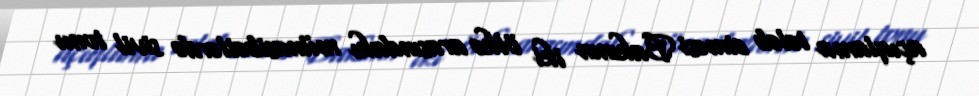
açıqlama tələb etməsi Bakının iki ölkə arasındakı münasibətlərdə sivil tonu